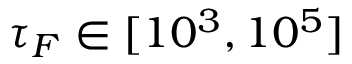
\tau _ { F } \in [ 1 0 ^ { 3 } , 1 0 ^ { 5 } ]